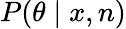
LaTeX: \textstyle P(\theta\mid x,n)